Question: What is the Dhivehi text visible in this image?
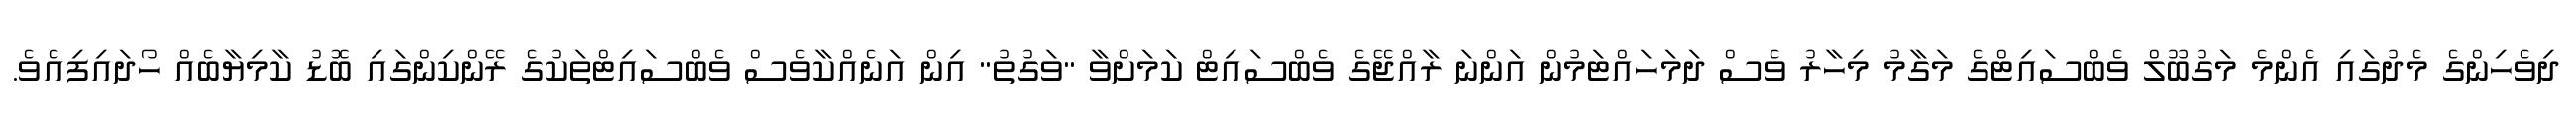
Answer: ދިވެހިންގެ މެދުގައި އެންމެ މަގުބޫލް ވެބްސައިޓްގެ މަގާމު މިހާރު ވެސް ދަމަހައްޓަމުން އަންނަ ރާއްޖޭގެ ވެބްސައިޓް ކަމަށްވާ "ވަގުތު" އިން އަނެއްކާވެސް ވެބްސައިޓްތަކުގެ ރޭންކިންގައި ބޮޑު ކާމިޔާބެއް ހޯދައިފިއެވެ.